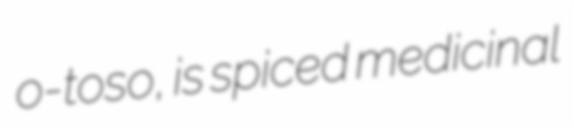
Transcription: o-toso, is spiced medicinal